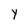
Character: y